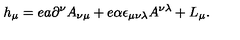
h _ { \mu } = e a \partial ^ { \nu } A _ { \nu \mu } + e \alpha \epsilon _ { \mu \nu \lambda } A ^ { \nu \lambda } + L _ { \mu } .